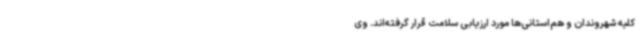
کلیه شهروندان و هم‌استانی‌ها مورد ارزیابی سلامت قرار گرفته‌اند. وی